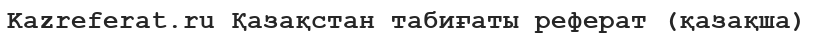
Kazreferat.ru Қазақстан табиғаты реферат (қазақша)